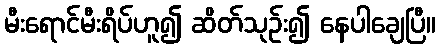
မီးရောင်မီးရိပ်ဟူ၍ ဆိတ်သုဉ်း၍ နေပါချေပြီ။